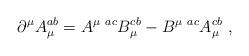
LaTeX: \begin{align*} {\partial}^\mu A_\mu^{ab}= A^{\mu~ ac} B_\mu^{cb}-B^{\mu~ ac}A_\mu^{cb}~,\end{align*}